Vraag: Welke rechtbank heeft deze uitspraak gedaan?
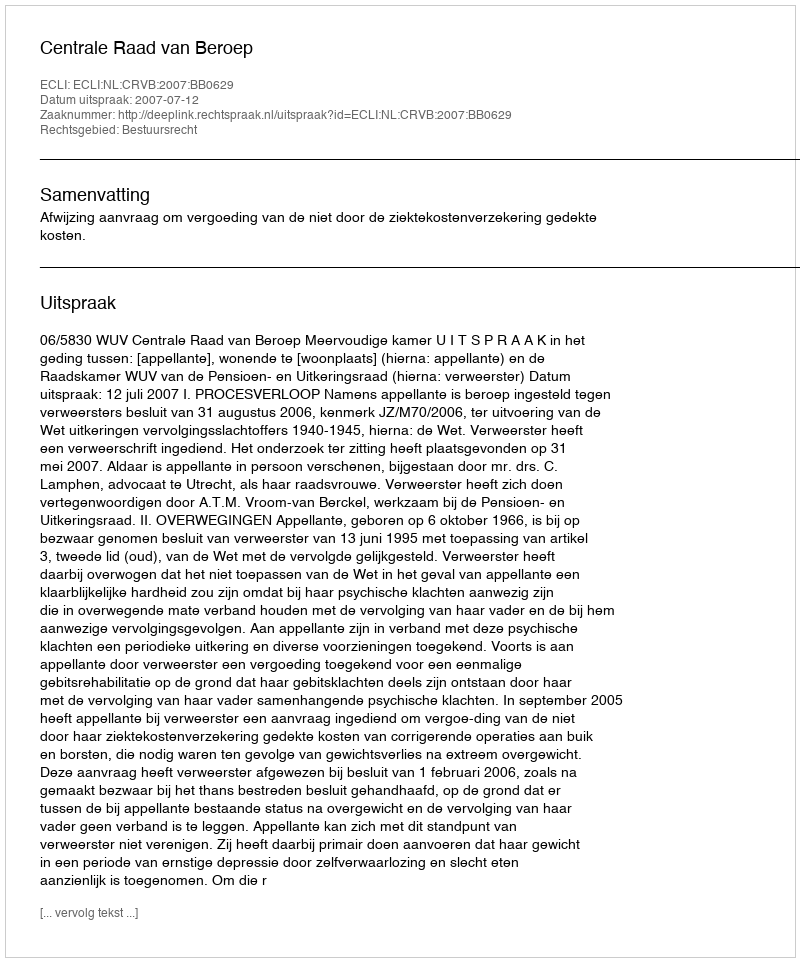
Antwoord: Centrale Raad van Beroep